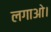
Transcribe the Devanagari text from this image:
लगाओ।